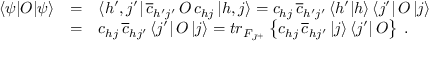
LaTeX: \begin{array} { l l l } { { \left< \psi | O | \psi \right> } } & { { = } } & { { \left< h ^ { \prime } , j ^ { \prime } \right| \overline { { { c } } } _ { h ^ { \prime } j ^ { \prime } } \, O \, { c } _ { h j } \left| h , j \right> = { c } _ { h j } \, \overline { { { c } } } _ { h ^ { \prime } j ^ { \prime } } \left< h ^ { \prime } | h \right> \left< j ^ { \prime } \right| O \left| j \right> } } \\ { { } } & { { = } } & { { { c } _ { h j } \, \overline { { { c } } } _ { h j ^ { \prime } } \left< j ^ { \prime } \right| O \left| j \right> = t r _ { \cal F _ { J ^ { + } } } \left\{ { c } _ { h j } \, \overline { { { c } } } _ { h j ^ { \prime } } \left| j \right> \left< j ^ { \prime } \right| O \right\} \; . } } \end{array}